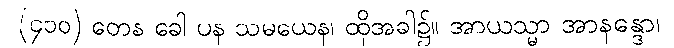
(၄၁၀) တေန ခေါ ပန သမယေန၊ ထိုအခါ၌။ အာယသ္မာ အာနန္ဒော၊